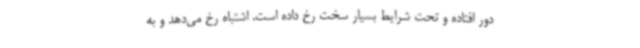
دور افتاده و تحت شرایط بسیار سخت رخ داده است. اشتباه رخ می‌دهد و به